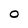
Character: O